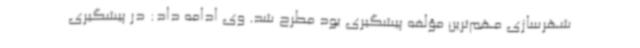
شهرسازی مهم‌ترین مؤلفه پیشگیری بود مطرح شد. وی ادامه داد: در پیشگیری